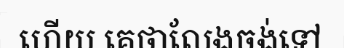
ហើយ គេថាលែងចង់ទៅ